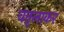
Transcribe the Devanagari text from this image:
वतृलाकर